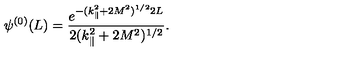
\psi ^ { ( 0 ) } ( L ) = \frac { e ^ { - ( k _ { \| } ^ { 2 } + 2 M ^ { 2 } ) ^ { 1 / 2 } 2 L } } { 2 ( k _ { \| } ^ { 2 } + 2 M ^ { 2 } ) ^ { 1 / 2 } } .